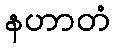
နဟာတံ